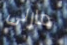
مارلى